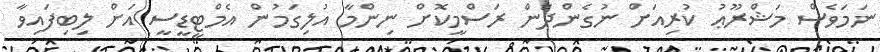
ނަމަވެސް މަޝްރޫޢު ކުރިއަށް ނުގެންދަން ރަސްމީކޮށް ނިންމާ އުލިގަމުން އެމްޓީޑީސީ އަށް ލިބިފައިވާ